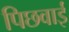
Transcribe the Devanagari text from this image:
पिछवाई